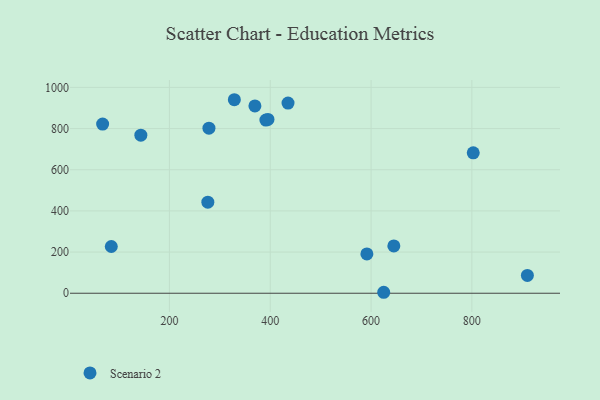
{"axis": {"x": "Ad Spend", "y": "Salary"}, "legend": ["Scenario 2"], "data": [{"x": "369.6", "y": 910.0, "type": "Scenario 2"}, {"x": "391.4", "y": 841.3, "type": "Scenario 2"}, {"x": "435.3", "y": 923.5, "type": "Scenario 2"}, {"x": "328.8", "y": 940.0, "type": "Scenario 2"}, {"x": "67.5", "y": 821.9, "type": "Scenario 2"}, {"x": "591.7", "y": 191.0, "type": "Scenario 2"}, {"x": "645.2", "y": 229.8, "type": "Scenario 2"}, {"x": "143.3", "y": 767.7, "type": "Scenario 2"}, {"x": "910.1", "y": 86.4, "type": "Scenario 2"}, {"x": "625.1", "y": 4.7, "type": "Scenario 2"}, {"x": "276.2", "y": 442.3, "type": "Scenario 2"}, {"x": "802.7", "y": 681.9, "type": "Scenario 2"}, {"x": "84.7", "y": 227.0, "type": "Scenario 2"}, {"x": "278.4", "y": 802.0, "type": "Scenario 2"}, {"x": "395.5", "y": 844.2, "type": "Scenario 2"}]}